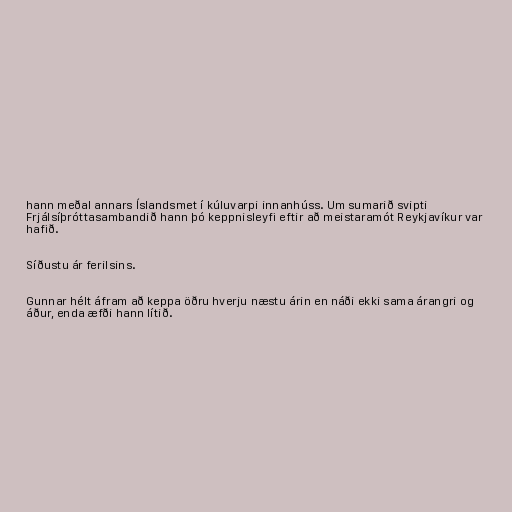
hann meðal annars Íslandsmet í kúluvarpi innanhúss. Um sumarið svipti
Frjálsíþróttasambandið hann þó keppnisleyfi eftir að meistaramót Reykjavíkur var
hafið.

Síðustu ár ferilsins.

Gunnar hélt áfram að keppa öðru hverju næstu árin en náði ekki sama árangri og
áður, enda æfði hann lítið.